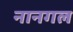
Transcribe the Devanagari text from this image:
नानगल